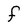
Character: f